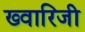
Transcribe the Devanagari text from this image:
ख्वारिजी